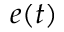
e ( t )